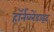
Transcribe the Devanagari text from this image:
हॉर्नब्लेंडाइट